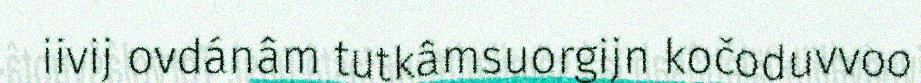
iivij ovdánâm tutkâmsuorgijn kočoduvvoo